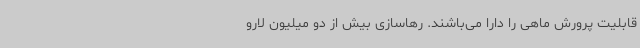
قابلیت پرورش ماهی را دارا می‌باشند. رهاسازی بیش از دو میلیون لارو